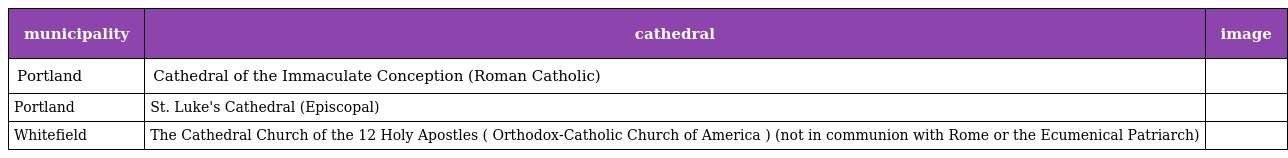
| municipality | cathedral | image |
 | --- | --- | --- |
 | Portland | Cathedral of the Immaculate Conception (Roman Catholic) |  |
 | Portland | St. Luke's Cathedral (Episcopal) |  |
 | Whitefield | The Cathedral Church of the 12 Holy Apostles ( Orthodox-Catholic Church of America ) (not in communion with Rome or the Ecumenical Patriarch) |  |